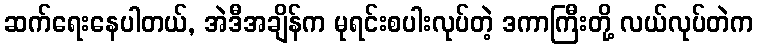
ဆက်ရေးနေပါတယ်, အဲဒီအချိန်က မုရင်းစပါးလုပ်တဲ့ ဒကာကြီးတို့ လယ်လုပ်တဲက